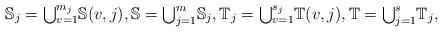
LaTeX: \begin{align*}\mathbb{S}_{j}={\textstyle\bigcup\nolimits_{v=1}^{m_{j}}}\mathbb{S}(v,j),\mathbb{S}={\textstyle\bigcup\nolimits_{j=1}^{m}}\mathbb{S}_{j},\mathbb{T}_{j}={\textstyle\bigcup\nolimits_{v=1}^{s_{j}}}\mathbb{T}(v,j),\mathbb{T}={\textstyle\bigcup\nolimits_{j=1}^{s}}\mathbb{T}_{j},\end{align*}